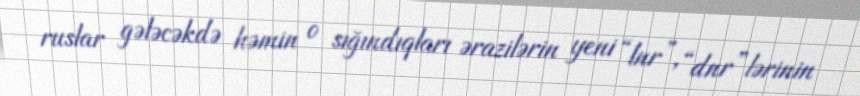
ruslar gələcəkdə həmin o sığındıqları ərazilərin yeni “lnr”, “dnr”lərinin